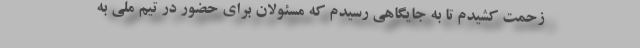
زحمت کشیدم تا به جایگاهی رسیدم که مسئولان برای حضور در تیم ملی به